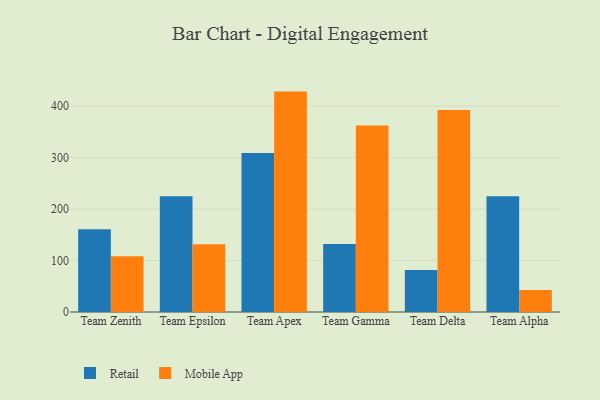
{"axis": {"x": "Team", "y": "Net Income (USD K)"}, "legend": ["Mobile App", "Retail"], "data": [{"x": "Team Zenith", "y": 160.7, "type": "Retail"}, {"x": "Team Zenith", "y": 108.3, "type": "Mobile App"}, {"x": "Team Epsilon", "y": 224.7, "type": "Retail"}, {"x": "Team Epsilon", "y": 131.6, "type": "Mobile App"}, {"x": "Team Apex", "y": 308.7, "type": "Retail"}, {"x": "Team Apex", "y": 427.9, "type": "Mobile App"}, {"x": "Team Gamma", "y": 131.9, "type": "Retail"}, {"x": "Team Gamma", "y": 362.1, "type": "Mobile App"}, {"x": "Team Delta", "y": 81.6, "type": "Retail"}, {"x": "Team Delta", "y": 392.0, "type": "Mobile App"}, {"x": "Team Alpha", "y": 224.8, "type": "Retail"}, {"x": "Team Alpha", "y": 42.7, "type": "Mobile App"}]}